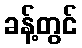
ခန့်တွင်